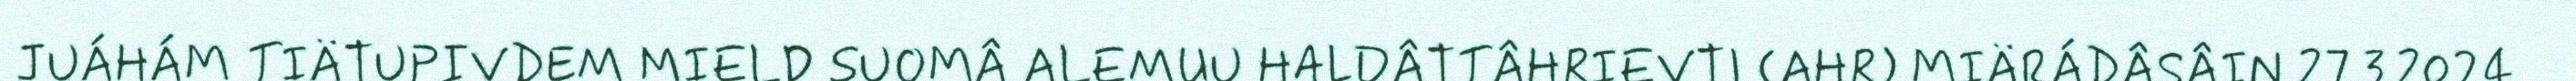
JUÁHÁM TIÄTUPIVDEM MIELD SUOMÂ ALEMUU HALDÂTTÂHRIEVTI (AHR) MIÄRÁDÂSÂIN 27.3.2024